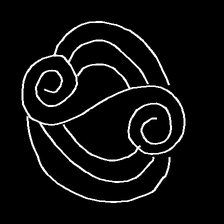
Glyph: wind-underfoot